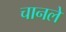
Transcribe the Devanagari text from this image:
चानले